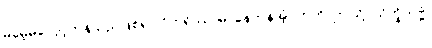
မမေ့မလျော့ကုန်သည်ဖြစ်၍။ ဝိဟရိဿာမ၊ နေကုန်အံ့။ ဣတိ၊ ဤသို့။ သိက္ခိတဗ္ဗံ၊